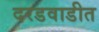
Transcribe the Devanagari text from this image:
दरडवाडीत